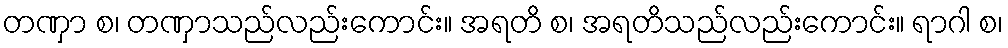
တဏှာ စ၊ တဏှာသည်လည်းကောင်း။ အရတိ စ၊ အရတိသည်လည်းကောင်း။ ရာဂါ စ၊